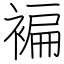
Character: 褊